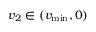
v _ { 2 } \in ( v _ { \operatorname* { m i n } } , 0 )